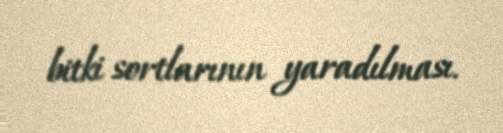
bitki sortlarının yaradılması.